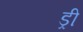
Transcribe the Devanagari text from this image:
ड्री